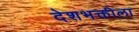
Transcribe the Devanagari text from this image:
देशभक्तीला